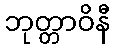
ဘုတ္တာဝိနီ